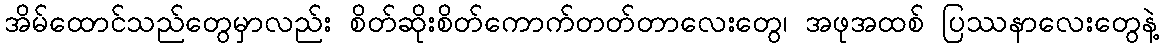
အိမ်ထောင်သည်တွေမှာလည်း စိတ်ဆိုးစိတ်ကောက်တတ်တာလေးတွေ၊ အဖုအထစ် ပြဿနာလေးတွေနဲ့